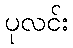
ပုလင်း